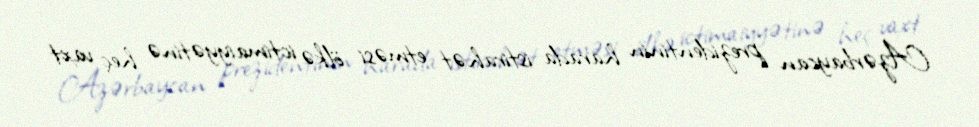
Azərbaycan prezidentinin harada istirahət etməsi ölkə ictimaiyyətinə heç vaxt